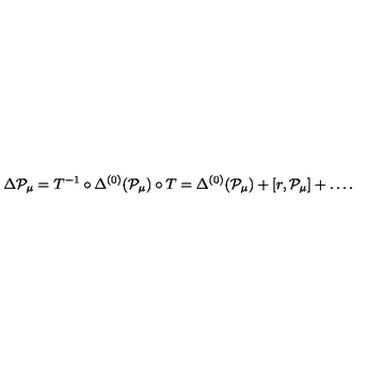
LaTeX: \Delta { \cal P } _ { \mu } = T ^ { - 1 } \circ \Delta ^ { ( 0 ) } ( { \cal P } _ { \mu } ) \circ T = \Delta ^ { ( 0 ) } ( { \cal P } _ { \mu } ) + [ r , { \cal P } _ { \mu } ] + \ldots .